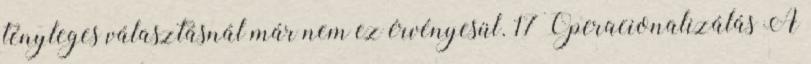
tényleges választásnál már nem ez érvényesül. 17 Operacionalizálás A